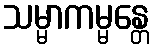
သမ္မာကမ္မန္တေ